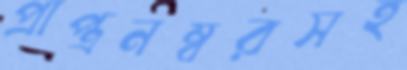
প্রাপ্ত্রনম্বরসহ